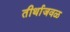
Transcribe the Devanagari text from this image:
तीर्थाजवळ